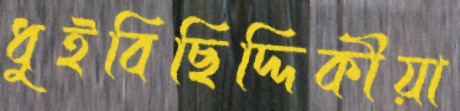
ধুইবিছিদ্দিকীয়া